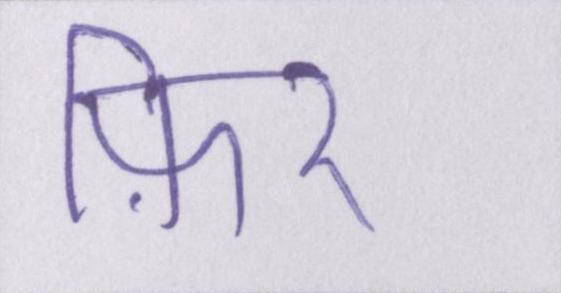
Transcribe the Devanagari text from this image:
फ़िर